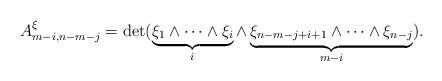
LaTeX: \begin{align*}A_{m-i,n-m-j}^\xi=\det (\underbrace{\xi_1\wedge\dots \wedge \xi_i}_i\wedge \underbrace{\xi_{n-m-j+i+1}\wedge \dots \wedge \xi_{n-j}}_{m-i}).\end{align*}